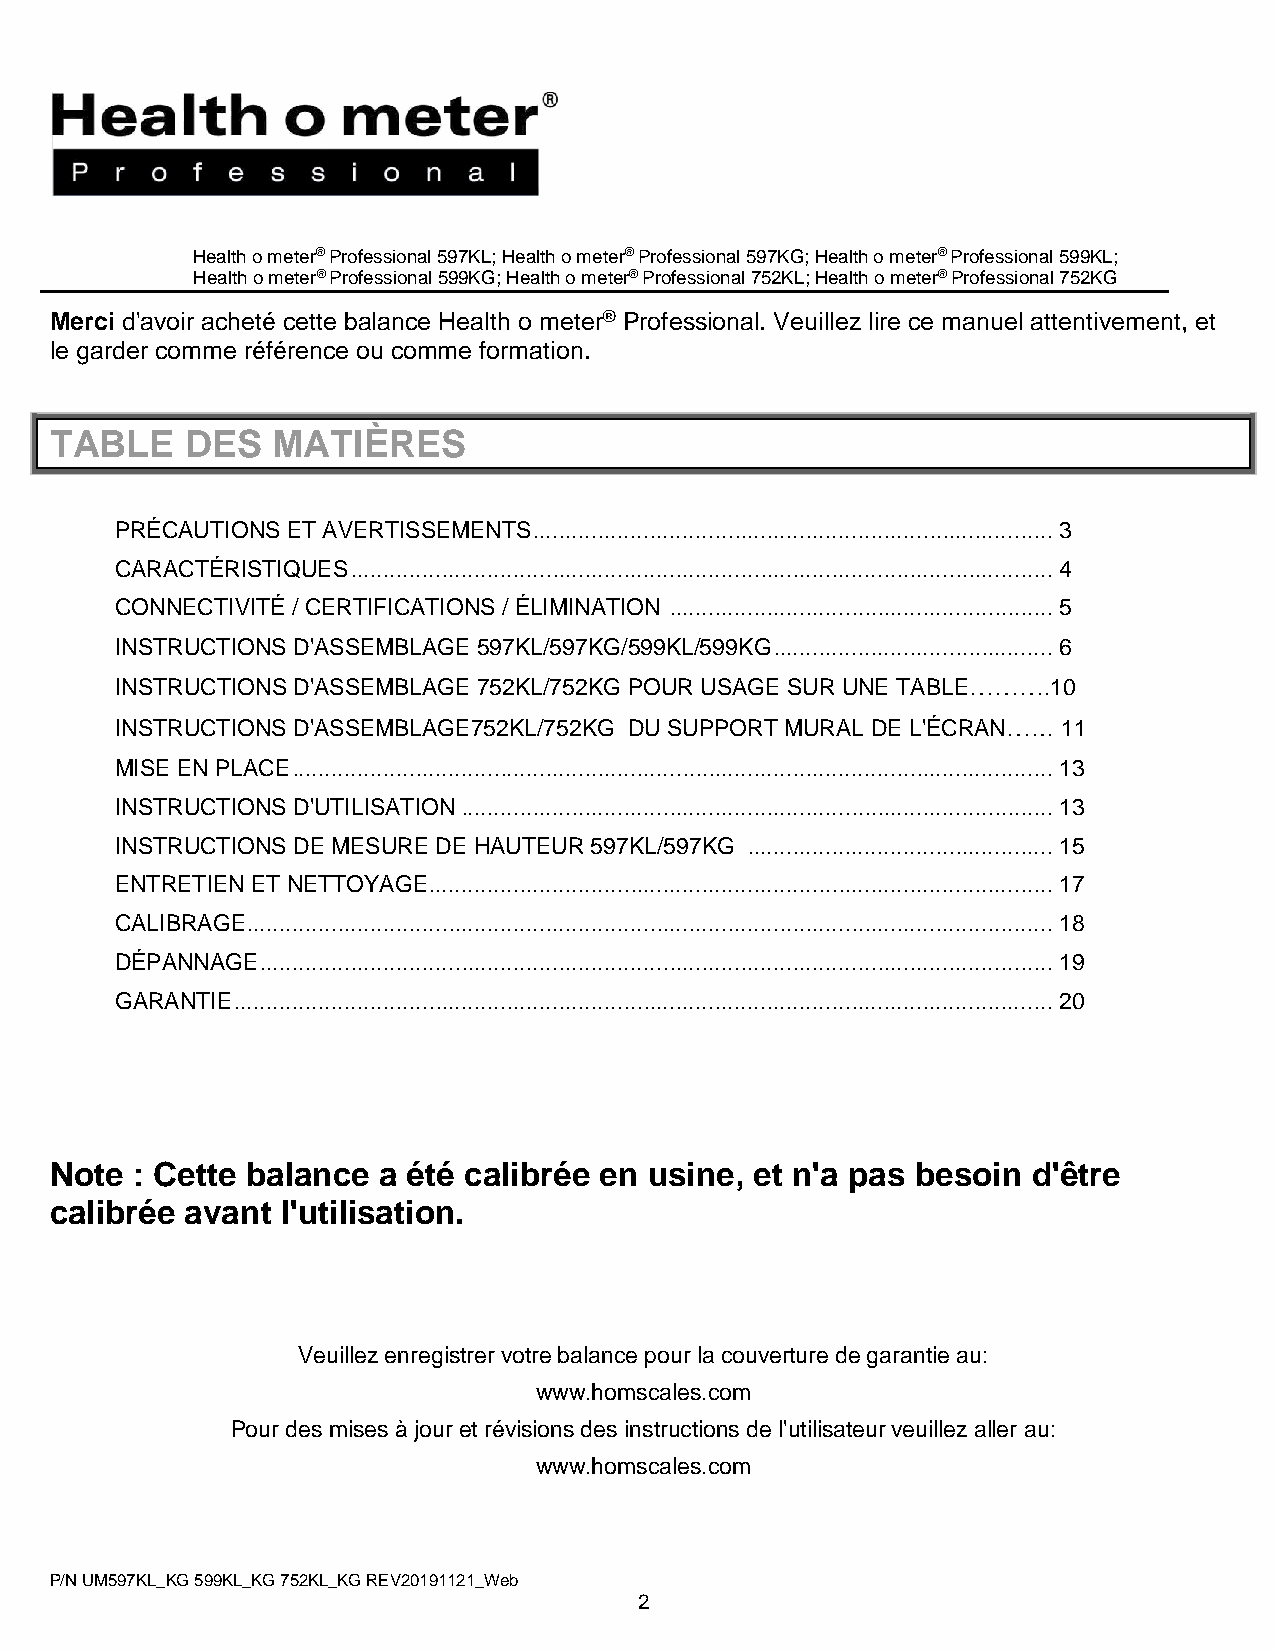
Health o meter® Professional 597KL; Health o meter® Professional 597KG; Health o meter® Professional 599KL;
 Health o meter® Professional 599KG; Health o meter® Professional 752KL; Health o meter® Professional 752KG
 Merci d'avoir acheté cette balance Health o meter® Professional. Veuillez lire ce manuel attentivement, et
 le garder comme référence ou comme formation.
 TABLE    DES   MATIÈRES
 PRÉCAUTIONS ET AVERTISSEMENTS ................................................................................ 3
 CARACTÉRISTIQUES ............................................................................................................ 4
 CONNECTIVITÉ / CERTIFICATIONS / ÉLIMINATION ........................................................... 5
 INSTRUCTIONS D'ASSEMBLAGE 597KL/597KG/599KL/599KG ........................................... 6
 INSTRUCTIONS D'ASSEMBLAGE 752KL/752KG POUR USAGE SUR UNE TABLE……….10
 INSTRUCTIONS D'ASSEMBLAGE752KL/752KG DU SUPPORT MURAL DE L'ÉCRAN…… 11
 MISE EN PLACE ..................................................................................................................... 13
 INSTRUCTIONS D'UTILISATION ........................................................................................... 13
 INSTRUCTIONS DE MESURE DE HAUTEUR 597KL/597KG ............................................... 15
 ENTRETIEN ET NETTOYAGE ................................................................................................ 17
 CALIBRAGE ............................................................................................................................ 18
 DÉPANNAGE .......................................................................................................................... 19
 GARANTIE .............................................................................................................................. 20
 Note  : Cette balance a été calibrée en usine, et n'a pas besoin d'être
 calibrée avant  l'utilisation.
 Veuillez enregistrer votre balance pour la couverture de garantie au:
 www.homscales.com
 Pour des mises à jour et révisions des instructions de l'utilisateur veuillez aller au:
 www.homscales.com
 P/N UM597KL_KG 599KL_KG 752KL_KG REV20191121_Web
 2